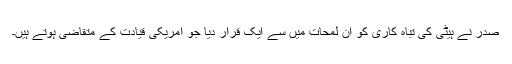
صدر نے ہیٹی کی تباہ کاری کو اُن لمحات میں سے ایک قرار دیا جو امریکی قیادت کے متقاضی ہوتے ہیں۔